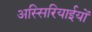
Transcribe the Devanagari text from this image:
अस्सिरियाईयों